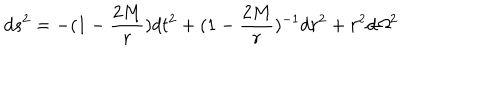
d s ^ { 2 } = - ( 1 - { \frac { 2 M } { r } } ) d t ^ { 2 } + ( 1 - { \frac { 2 M } { r } } ) ^ { - 1 } d r ^ { 2 } + r ^ { 2 } d \Omega ^ { 2 }